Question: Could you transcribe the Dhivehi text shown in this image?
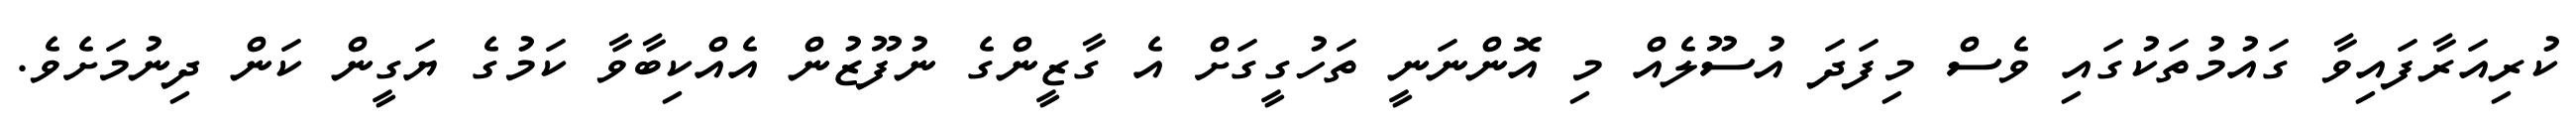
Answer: ކުރިއަރާފައިވާ ގައުމުތަކުގައި ވެސް މިފަދަ އުސޫލެއް މި އޮންނަނީ ތަހުގީގަށް އެ ގާޒީންގެ ނުފޫޒުން އެއްކިބާވާ ކަމުގެ ޔަގީން ކަން ދިނުމަށެވެ.